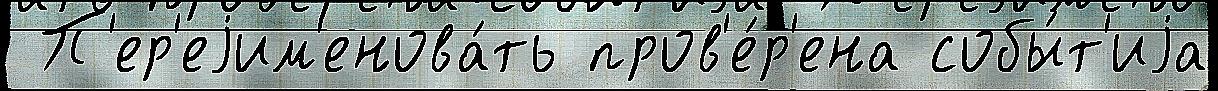
 П'ер'еjим'енова́ть пров'е́р'ена собы́т'иjа